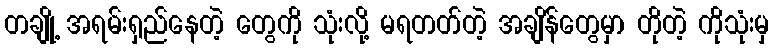
တချို့ အရမ်းရှည်နေတဲ့ တွေကို သုံးလို့ မရတတ်တဲ့ အချိန်တွေမှာ တိုတဲ့ ကိုသုံးမှ